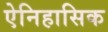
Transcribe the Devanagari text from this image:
ऐनिहासिक